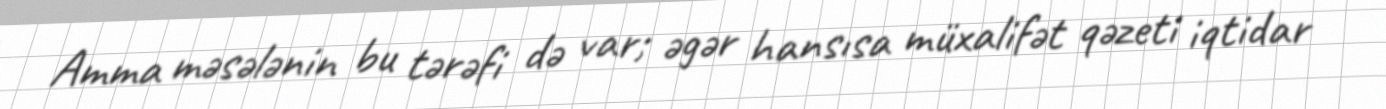
Amma məsələnin bu tərəfi də var; əgər hansısa müxalifət qəzeti iqtidar